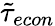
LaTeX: \tilde{\tau}_{econ}